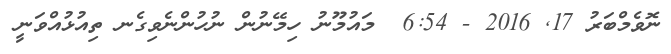
ނޮވެމްބަރު 17